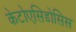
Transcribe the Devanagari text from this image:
केटोएसिडोसिस